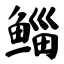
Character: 鲻